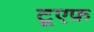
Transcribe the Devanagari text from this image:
टूएफ़